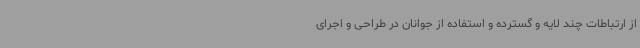
از ارتباطات چند لایه و گسترده و استفاده از جوانان در طراحی و اجرای